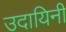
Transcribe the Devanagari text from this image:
उदायिनी